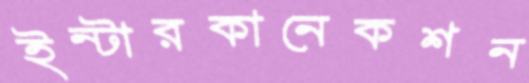
ইন্টারকানেকশন